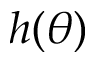
h ( \theta )